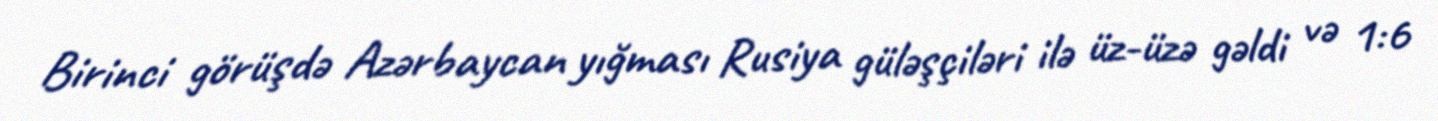
Birinci görüşdə Azərbaycan yığması Rusiya güləşçiləri ilə üz-üzə gəldi və 1:6